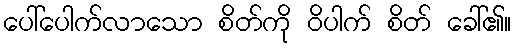
ပေါ်ပေါက်လာသော စိတ်ကို ဝိပါက် စိတ် ခေါ်၏။